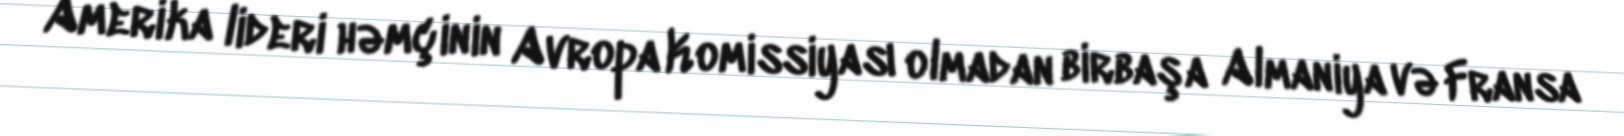
Amerika lideri həmçinin Avropa Komissiyası olmadan birbaşa Almaniya və Fransa